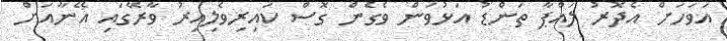
އަވަހަށް އެދޮރު ލައްޕާ ތަންޑު އަޅުވަން ވެގެން ގޮސް ކައިރިވެލިއިރު ވާރޭގައި އޭނާއަށް